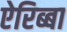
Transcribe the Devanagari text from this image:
ऐरिब्बा